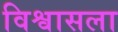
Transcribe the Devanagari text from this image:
विश्वासला